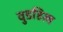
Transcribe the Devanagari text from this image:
वुडहिल